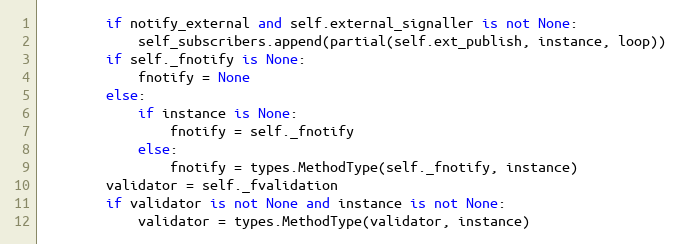
Language: Python
        if notify_external and self.external_signaller is not None:
            self_subscribers.append(partial(self.ext_publish, instance, loop))
        if self._fnotify is None:
            fnotify = None
        else:
            if instance is None:
                fnotify = self._fnotify
            else:
                fnotify = types.MethodType(self._fnotify, instance)
        validator = self._fvalidation
        if validator is not None and instance is not None:
            validator = types.MethodType(validator, instance)